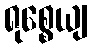
ရုစ္စေယျ